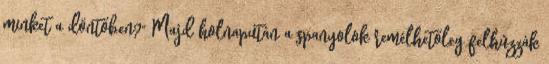
minket a döntőben?" Majd holnapután a spanyolok remélhetőleg felhúzzák